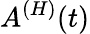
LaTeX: A^{(H)}(t)